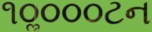
૧૦ૢ૦૦૦ટન